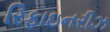
રિફાઇનરીઝ